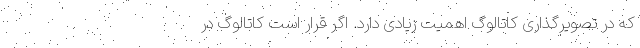
که در تصویرگذاری کاتالوگ اهمیت زیادی دارد. اگر قرار است کاتالوگ در